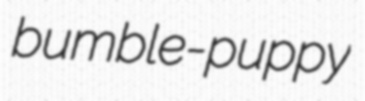
bumble-puppy